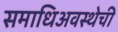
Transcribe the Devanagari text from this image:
समाधिअवस्थेची